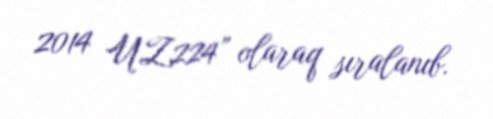
2014 UZ224” olaraq sıralanıb.